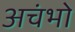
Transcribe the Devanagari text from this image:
अचंभो